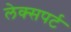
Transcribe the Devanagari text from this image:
लेक्सपर्ट